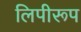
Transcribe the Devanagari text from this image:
लिपीरूप